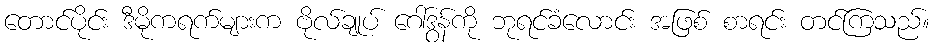
တောင်ပိုင်း ဒီမိုကရက်များက ဗိုလ်ချုပ် ဂေါ်ဒွန်ကို ဘုရင်ခံလောင်း အဖြစ် စာရင်း တင်ကြသည်။